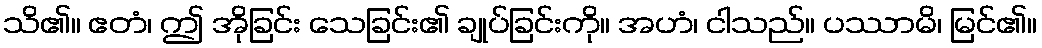
သိ၏။ ဧတံ၊ ဤ အိုခြင်း သေခြင်း၏ ချုပ်ခြင်းကို။ အဟံ၊ ငါသည်။ ပဿာမိ၊ မြင်၏။